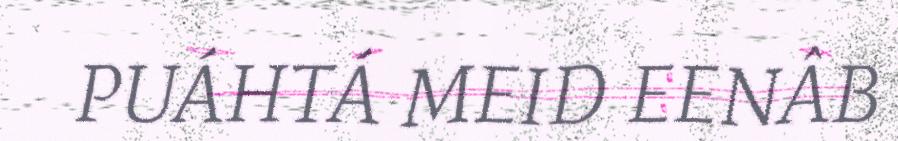
PUÁHTÁ MEID EENÂB